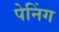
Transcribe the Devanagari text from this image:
पेनिंग